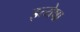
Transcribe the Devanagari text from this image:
इत्येषा